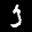
Label: 3